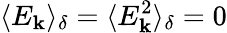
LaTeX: \langle E_{\mathbf{k}}\rangle_{\delta}=\langle E_{\mathbf{k}}^{2}\rangle_{\delta}=0